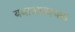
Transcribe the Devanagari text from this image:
यथाआवश्यक